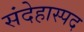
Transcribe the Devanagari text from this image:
संदेहास्‍पद